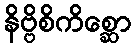
နိဗ္ဗိစိကိစ္ဆော